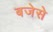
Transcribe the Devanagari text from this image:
बजेसे